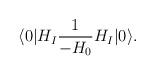
LaTeX: \begin{align*}\langle 0 | H_I {1\over -H_0} H_I | 0 \rangle .\end{align*}